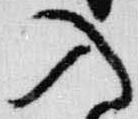
入